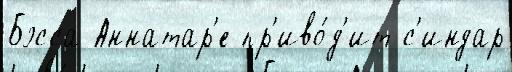
Бэсса Аннатар'е пр'иво́д'ит с'индар